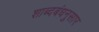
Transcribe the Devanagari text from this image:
शाब्दबंधनुसार